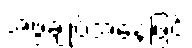
အဖွဲ့ချုပ်အနေဖြင့်